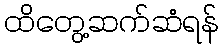
ထိတွေ့ဆက်ဆံရန်